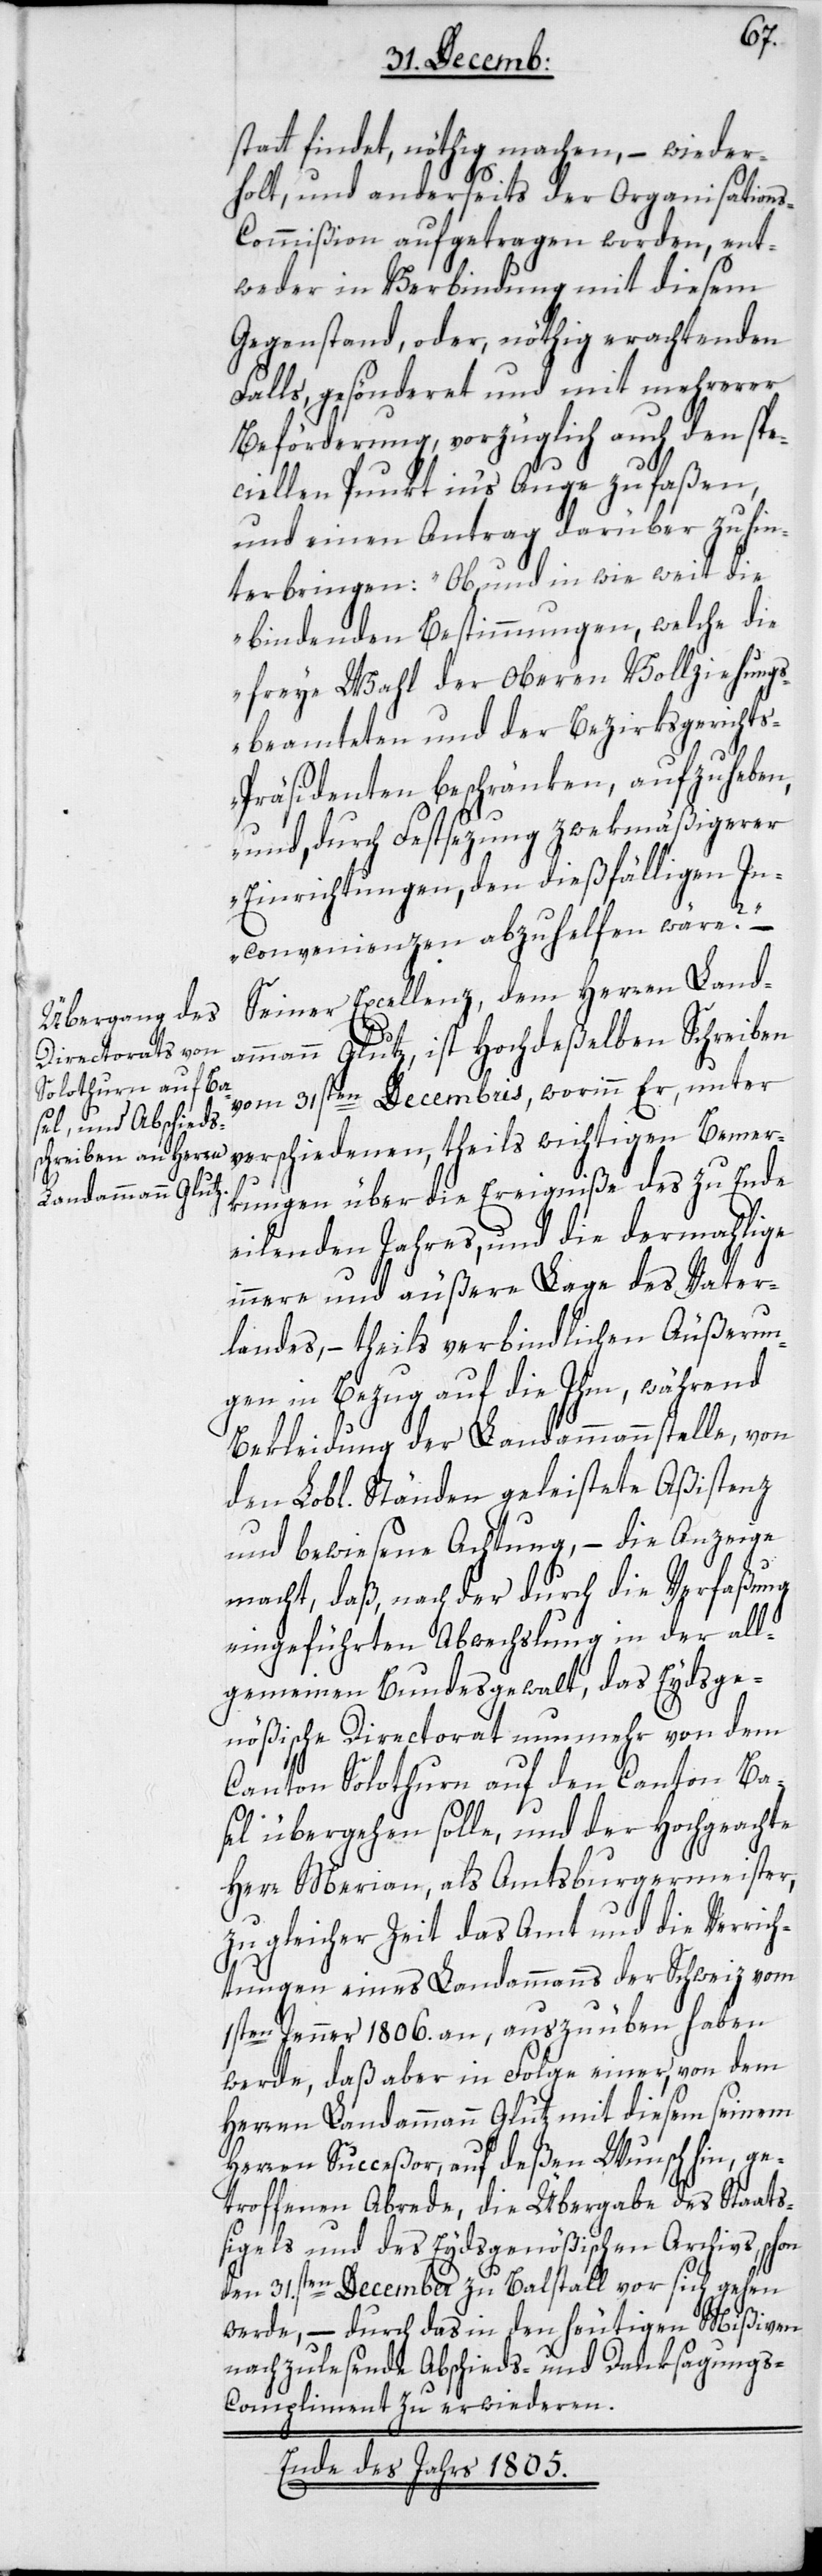
statt findet, nöthig machen, – wieder¬
holt, und anderseits der Organisation¬
s-Commißion aufgetragen worden, ent¬
weder in Verbindung mit diesem
Gegenstand oder nöthig erachtenden
Falls, gesönderet und mit mehrerer
Beförderung, vorzüglich auch den spe¬
ciellen Punkt ins Auge zu faßen,
und einen Antrag darüber zu hin¬
terbringen: „Ob und in wie weit die
bindenden Bestimmungen, welche die
freye Wahl der oberen Vollziehungs¬
beamteten und der Bezirksgericht¬
s-Präsidenten beschränken, aufzuheben,
und durch Festsezung zweckmäßigerer
Einrichtungen, den dießfälligen In¬
convenienzen abzuhelfen wäre?“
Seiner Excellenz, dem Herren Land¬
ammann Glutz, ist Hochdeßelben Schreiben
vom 31sten Decembris, worinn Er, unter
verschiedenen, theils wichtigen Bemer¬
kungen über die Ereigniße des zu Ende
eilenden Jahres, und die dermahlige
innere und äußere Lage des Vater¬
landes, – theils verbindlichen Äußerun¬
gen in Bezug auf die Ihm, während
Bekleidung der Landammannstelle, von
den Lobl. Ständen geleistete Aßistenz
und bewiesene Achtung, – die Anzeige
macht, daß, nach der durch die Verfaßung
eingeführten Abwechslung in der all¬
gemeinen Bundesgewalt, das Eydsge¬
nößische Directorat nunmehr von dem
Canton Solothurn auf den Canton Ba¬
sel übergehen solle, und der Hochgeachte
Herr Merian, als Amtsburgermeister,
zu gleicher Zeit das Amt und die Verrich¬
tungen eines Landammanns der Schweiz vom
1sten Jenner 1806. an, auszuüben haben
werde, daß aber in Folge einer, von dem
Herren Landammann Glutz mit diesem seinem
Herren Succeßor, auf deßen Wunsch hin, ge¬
troffene Abrede, die Übergabe des Staats¬
sigels und des Eydsgenößischen Archivs, schon
den 31.sten December zu Balstall vor sich gehen
werde, – durch das in den heutigen Mißiven
nachzulesende Abschieds- und Danksagungs-C¬
ompliment zu erwideren.